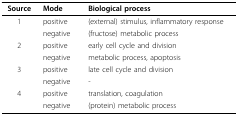
<table><thead><tr><td><b>Source</b></td><td><b>Mode</b></td><td><b>Biological process</b></td></tr></thead><tbody><tr><td>1</td><td>positive</td><td>(external) stimulus, inflammatory response</td></tr><tr><td></td><td>negative</td><td>(fructose) metabolic process</td></tr><tr><td>2</td><td>positive</td><td>early cell cycle and division</td></tr><tr><td></td><td>negative</td><td>metabolic process, apoptosis</td></tr><tr><td>3</td><td>positive</td><td>late cell cycle and division</td></tr><tr><td></td><td>negative</td><td>-</td></tr><tr><td>4</td><td>positive</td><td>translation, coagulation</td></tr><tr><td></td><td>negative</td><td>(protein) metabolic process</td></tr></tbody></table>